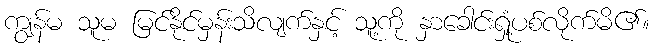
ကျွန်မ သူမ မြင်နိုင်မှန်းသိလျက်နှင့် သူ့ကို နှာခေါင်းရှုံ့ပစ်လိုက်မိ၏။